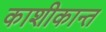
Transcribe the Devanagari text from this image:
काशीकान्त